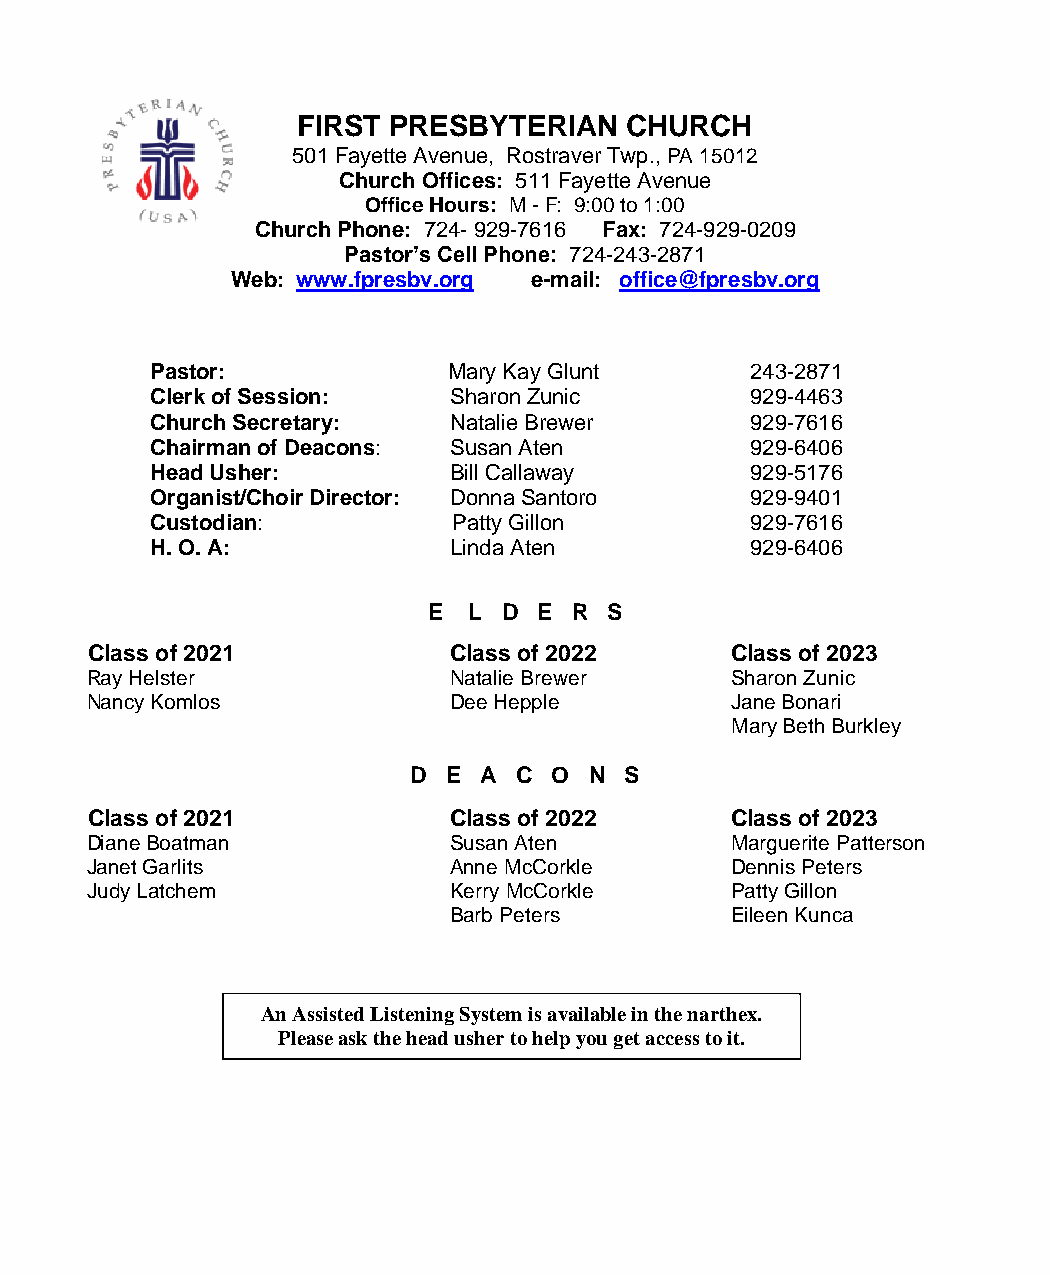
FIRST PRESBYTERIAN   CHURCH
 501 Fayette Avenue, Rostraver Twp., PA 15012
 Church Offices: 511 Fayette Avenue
 Office Hours: M - F: 9:00 to 1:00
 Church Phone: 724- 929-7616 Fax: 724-929-0209
 Pastor’s Cell Phone: 724-243-2871
 Web: www.fpresbv.org e-mail: office@fpresbv.org
 Pastor:             Mary Kay Glunt      243-2871
 Clerk of Session:   Sharon Zunic        929-4463
 Church Secretary:   Natalie Brewer      929-7616
 Chairman of Deacons: Susan Aten         929-6406
 Head Usher:         Bill Callaway       929-5176
 Organist/Choir Director: Donna Santoro  929-9401
 Custodian:          Patty Gillon        929-7616
 H. O. A:            Linda Aten          929-6406
 E  L D  E R S
 Class of 2021           Class of 2022     Class of 2023
 Ray Helster             Natalie Brewer    Sharon Zunic
 Nancy Komlos            Dee Hepple        Jane Bonari
 Mary Beth Burkley
 D  E A C  O N S
 Class of 2021           Class of 2022     Class of 2023
 Diane Boatman           Susan Aten        Marguerite Patterson
 Janet Garlits           Anne McCorkle     Dennis Peters
 Judy Latchem            Kerry McCorkle    Patty Gillon
 Barb Peters       Eileen Kunca
 An Assisted Listening System i s available in the narthex.
 Please ask the head usher to help you get access to it.